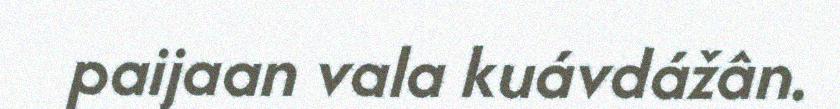
paijaan vala kuávdážân.